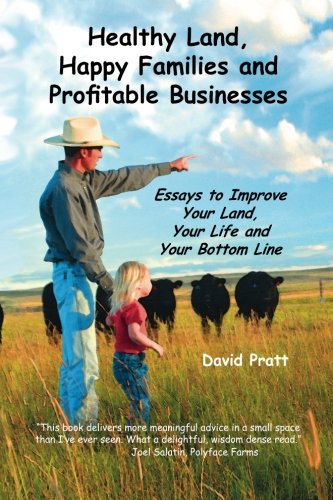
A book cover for Healthy Land, Happy Families and Profitable Businesses: Essays to Improve Your Land, Your Life and Your Bottom Line; David W Pratt; Business & Money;